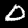
Digit: 0